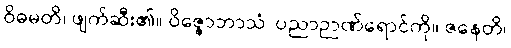
ဝိဓမတိ၊ ဖျက်ဆီး၏။ ဝိဇ္ဇောဘာသံ၊ ပညာဉာဏ်ရောင်ကို။ ဇနေတိ၊